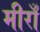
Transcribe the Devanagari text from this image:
मीराँ